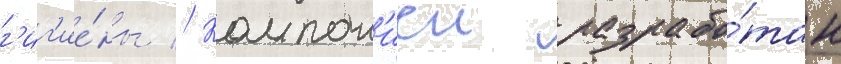
г'иг'ие́ны // Компан'иеи разрабо́тан